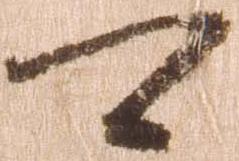
可